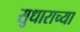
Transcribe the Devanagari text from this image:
सुधाराच्या